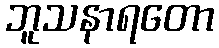
ဘူသနာရတော